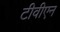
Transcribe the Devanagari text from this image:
टीवीएन